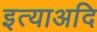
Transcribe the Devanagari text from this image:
इत्याअदि